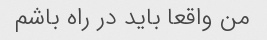
من واقعا باید در راه باشم